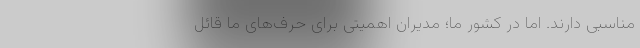
مناسبی دارند. اما در کشور ما؛ مدیران اهمیتی برای حرف‌های ما قائل